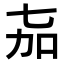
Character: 𬻎